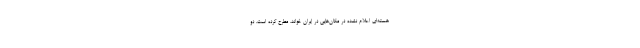
هسته‌ای اعلام نشده در مکان‌هایی در ایران خواند، مطرح کرده است. دو